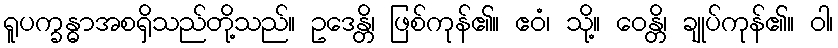
ရူပက္ခန္ဓာအစရှိသည်တို့သည်။ ဥဒေန္တိ၊ ဖြစ်ကုန်၏။ ဧဝံ၊ သို့။ ဝေန္တိ၊ ချုပ်ကုန်၏။ ဝါ၊